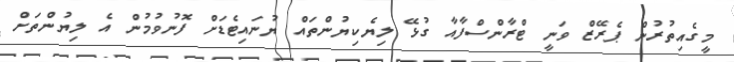
މީގެއިތުރުން ޕެރޭޒް ވަނީ ޓްރާންސްފާއާ ގުޅޭ ލިޔެކިޔުންތައް ޔުނައިޓެޑަށް ފޮނުވުމުން އެ ލިޔުންތަށް